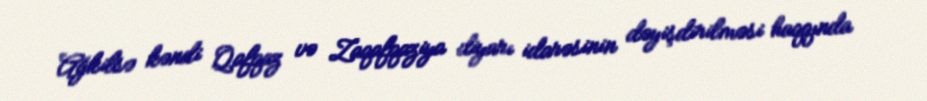
Ağkilsə kəndi Qafqaz və Zaqafqaziya diyarı idarəsinin dəyişdirilməsi haqqında